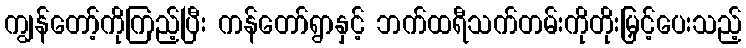
ကျွန်တော့်ကိုကြည့်ပြီး ကန်တော်ရွာနှင့် ဘက်ထရီသက်တမ်းကိုတိုးမြှင့်ပေးသည့်